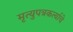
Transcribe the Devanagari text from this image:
मृत्युपत्रकर्त्याचे